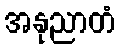
အနုညာတံ